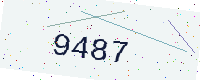
Text: 9487